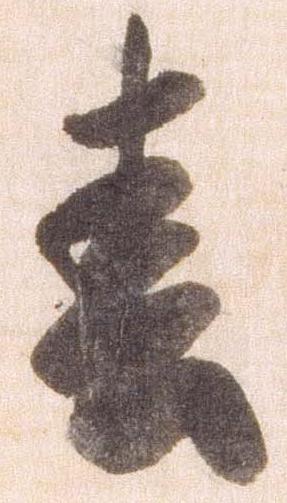
春